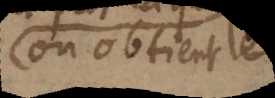
on obtient le